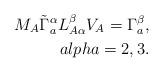
LaTeX: \begin{align*}M_{A}\tilde{\Gamma}_{a}^{\alpha}L^{\beta}_{A\alpha}V_{A}=\Gamma_{a}^{\beta},\\alpha=2,3.\end{align*}